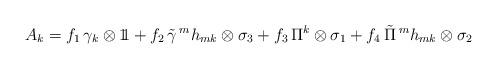
LaTeX: \begin{align*}A_{k} = f_{1} \, \gamma_{k} \otimes 1 \! \! 1 + f_{2} \, \tilde{\gamma} \, ^{m} h_{mk} \otimes \sigma_{3}+ f_{3} \, \Pi^{k} \otimes \sigma_{1} + f_{4} \, \tilde{\Pi} \, ^{m} h_{mk} \otimes \sigma_{2}\end{align*}